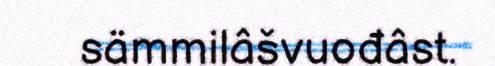
sämmilâšvuođâst.